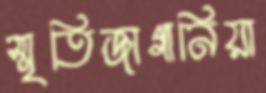
স্মৃতিজাগানিয়া